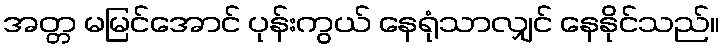
အတ္တ မမြင်အောင် ပုန်းကွယ် နေရုံသာလျှင် နေနိုင်သည်။